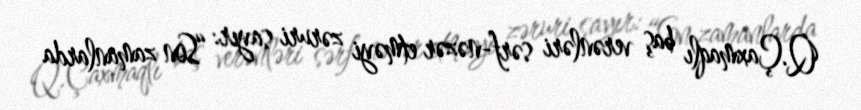
Q.Çaxmaqlı baş verənləri sərf-nəzər etməyi zəruri sayır: “Son zamanlarda